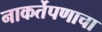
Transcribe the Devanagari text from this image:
नाकर्तेपणाचा